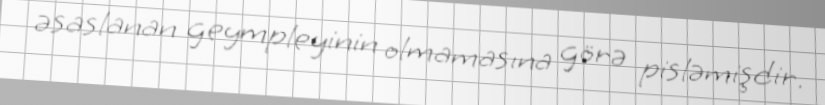
əsaslanan geympleyinin olmamasına görə pisləmişdir.